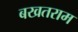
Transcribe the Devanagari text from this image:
बखतराम